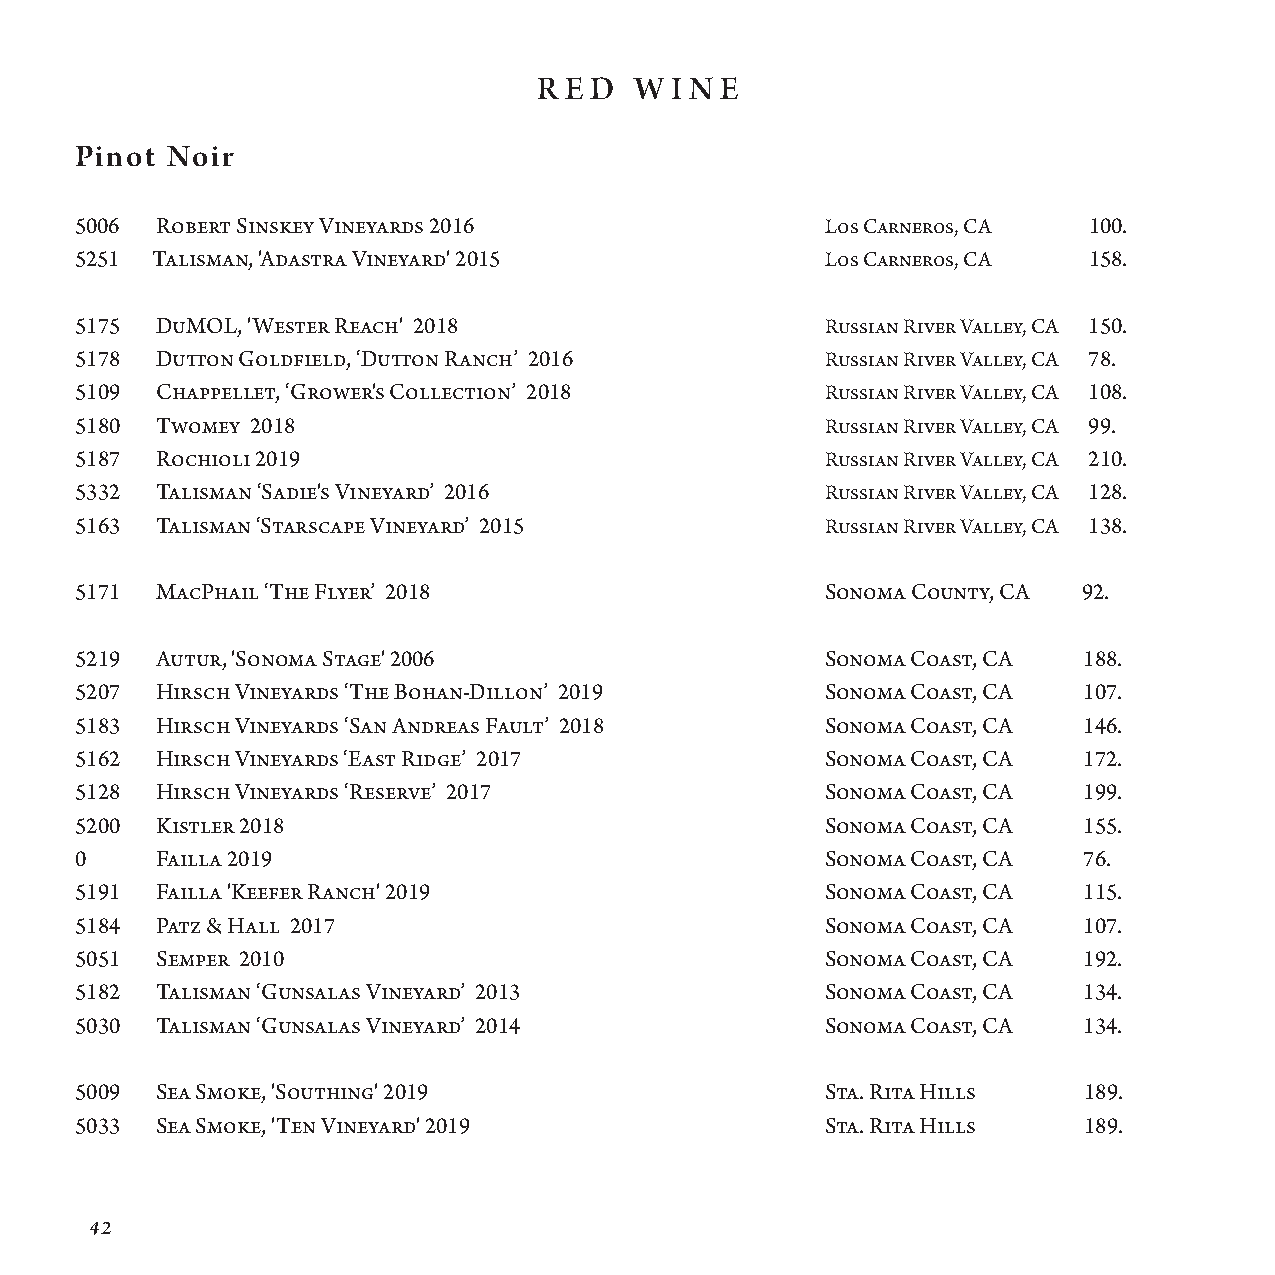
R E D W I N E
 Pinot Noir
 5006 Robert Sinskey Vineyards 2016                L os Carneros, CA 100.
 5251 Talisman, 'Adastra Vineyard' 2015            L os Carneros, CA 158.
 5175 DuMOL, 'Wester Reach' 2018                   R ussian River Valley, CA 150.
 5178 Dutton Goldfield, ‘Dutton Ranch’ 2016        Russian River Valley, CA 78.
 5109 Chappellet, ‘Grower's Collection’ 2018       Russian River Valley, CA 108.
 5180 Twomey 2018                                  R us s i a n River Valley, CA 99.
 5187 Rochioli 2019                                R us s i a n River Valley, CA 210.
 5332 Talisman ‘Sadie's Vineyard’ 2016             R ussian River Valley, CA 128.
 5163 Talisman ‘Starscape Vineyard’ 2015           R ussian River Valley, CA 138.
 5171 MacPhail ‘The Flyer’ 2018                    S onoma County, CA 92.
 5219 Autur, 'Sonoma Stage' 2006                   Sonoma Coast, CA 188.
 5207 Hirsch Vineyards ‘The Bohan-Dillon’ 2019     Sonoma Coast, CA 107.
 5183 Hirsch Vineyards ‘San Andreas Fault’ 2018    Sonoma Coast, CA 146.
 5162 Hirsch Vineyards ‘East Ridge’ 2017           Sonoma Coast, CA 172.
 5128 Hirsch Vineyards ‘Reserve’ 2017              Sonoma Coast, CA 199.
 5200 Kistler 2018                                 Sonoma Coast, CA 155.
 0    Failla 2019                                  Sonoma Coast, CA 76.
 5191 Failla 'Keefer Ranch' 2019                   Sonoma Coast, CA 115.
 5184 Patz & Hall 2017                             S onoma Coast, CA 107.
 5051 Semper 2010                                  Sonoma Coast, CA 192.
 5182 Talisman ‘Gunsalas Vineyard’ 2013            S onoma Coast, CA 134.
 5030 Talisman ‘Gunsalas Vineyard’ 2014            S onoma Coast, CA 134.
 5009 Sea Smoke, 'Southing' 2019                   S ta. Rita Hills 189.
 5033 Sea Smoke, 'Ten Vineyard' 2019               Sta. Rita Hills  189.
 42